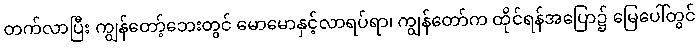
တက်လာပြီး ကျွန်တော့်ဘေးတွင် မောမောနှင့်လာရပ်ရာ၊ ကျွန်တော်က ထိုင်ရန်အပြော၌ မြေပေါ်တွင်